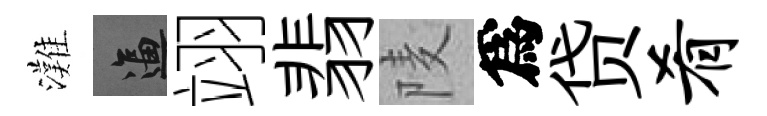
灘逼翊翡𨹧爲贷肴